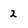
Character: 2